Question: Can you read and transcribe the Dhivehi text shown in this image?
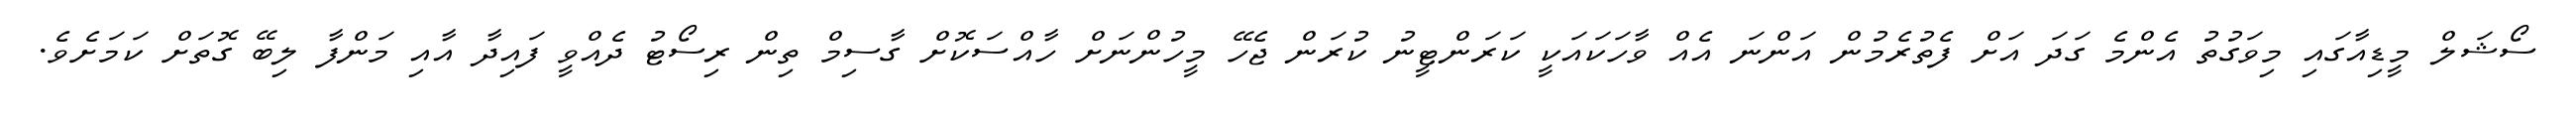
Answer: ސޯޝަލް މީޑިއާގައި މިވަގުތު އެންމެ ގަދަ އަށް ފެތުރެމުން އަންނަ އެއް ވާހަކައަކީ ކަރަންޓީނު ކުރަން ޖެހޭ މީހުންނަށް ހާއްސަކޮށް ގާސިމް ތިން ރިސޯޓު ދެއްވީ ފައިދާ އާއި މަންފާ ލިބޭ ގޮތަށް ކަމަށެވެ.